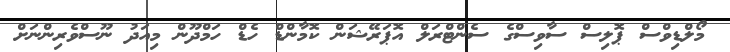
މޯލްޑިވްސް ޕޮލިސް ސާވިސްގެ ސެންޓްރަލް އޮޕަރޭޝަން ކޮމާންޑް ހެޑް ހަމްދޫން މިއަދު ނޫސްވެރިންނަށް